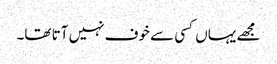
مجھے یہاں کسی سے خوف نہیں آتا تھا۔